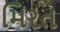
મિરત